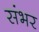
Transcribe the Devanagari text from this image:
संभर